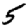
Digit: 5